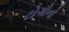
ટોગોનો